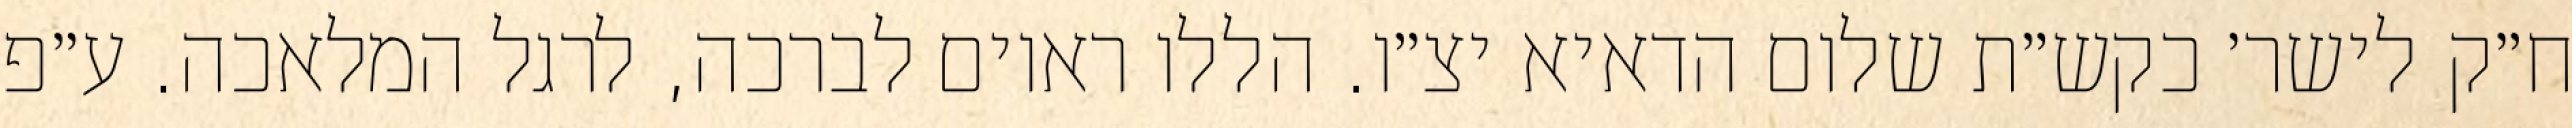
ח״ק לישר׳ כקש״ת שלום הדאיא יצ״ו. הללו ראוים לברכה, לרגל המלאכה. ע״פ